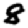
Digit: 8